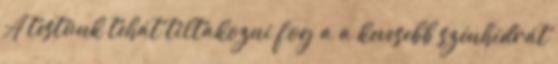
A testünk tehát tiltakozni fog a a kevesebb szénhidrát